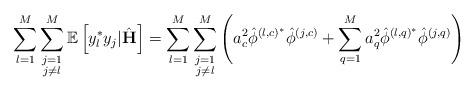
LaTeX: \begin{align*} \sum_{l=1}^M\sum\limits_{\substack{j=1\\j\neq l}}^M\mathbb{E}\left[y_l^* y_j|\hat{\mathbf{H}}\right]=\sum_{l=1}^M\sum\limits_{\substack{j=1\\j\neq l}}^M\left(a_c^2\hat{\phi}^{\left(l,c\right)^*}\hat{\phi}^{\left(j,c\right)}+\sum_{q=1}^M a_q^2\hat{\phi}^{\left(l,q\right)^*}\hat{\phi}^{\left(j,q\right)}\right)\end{align*}